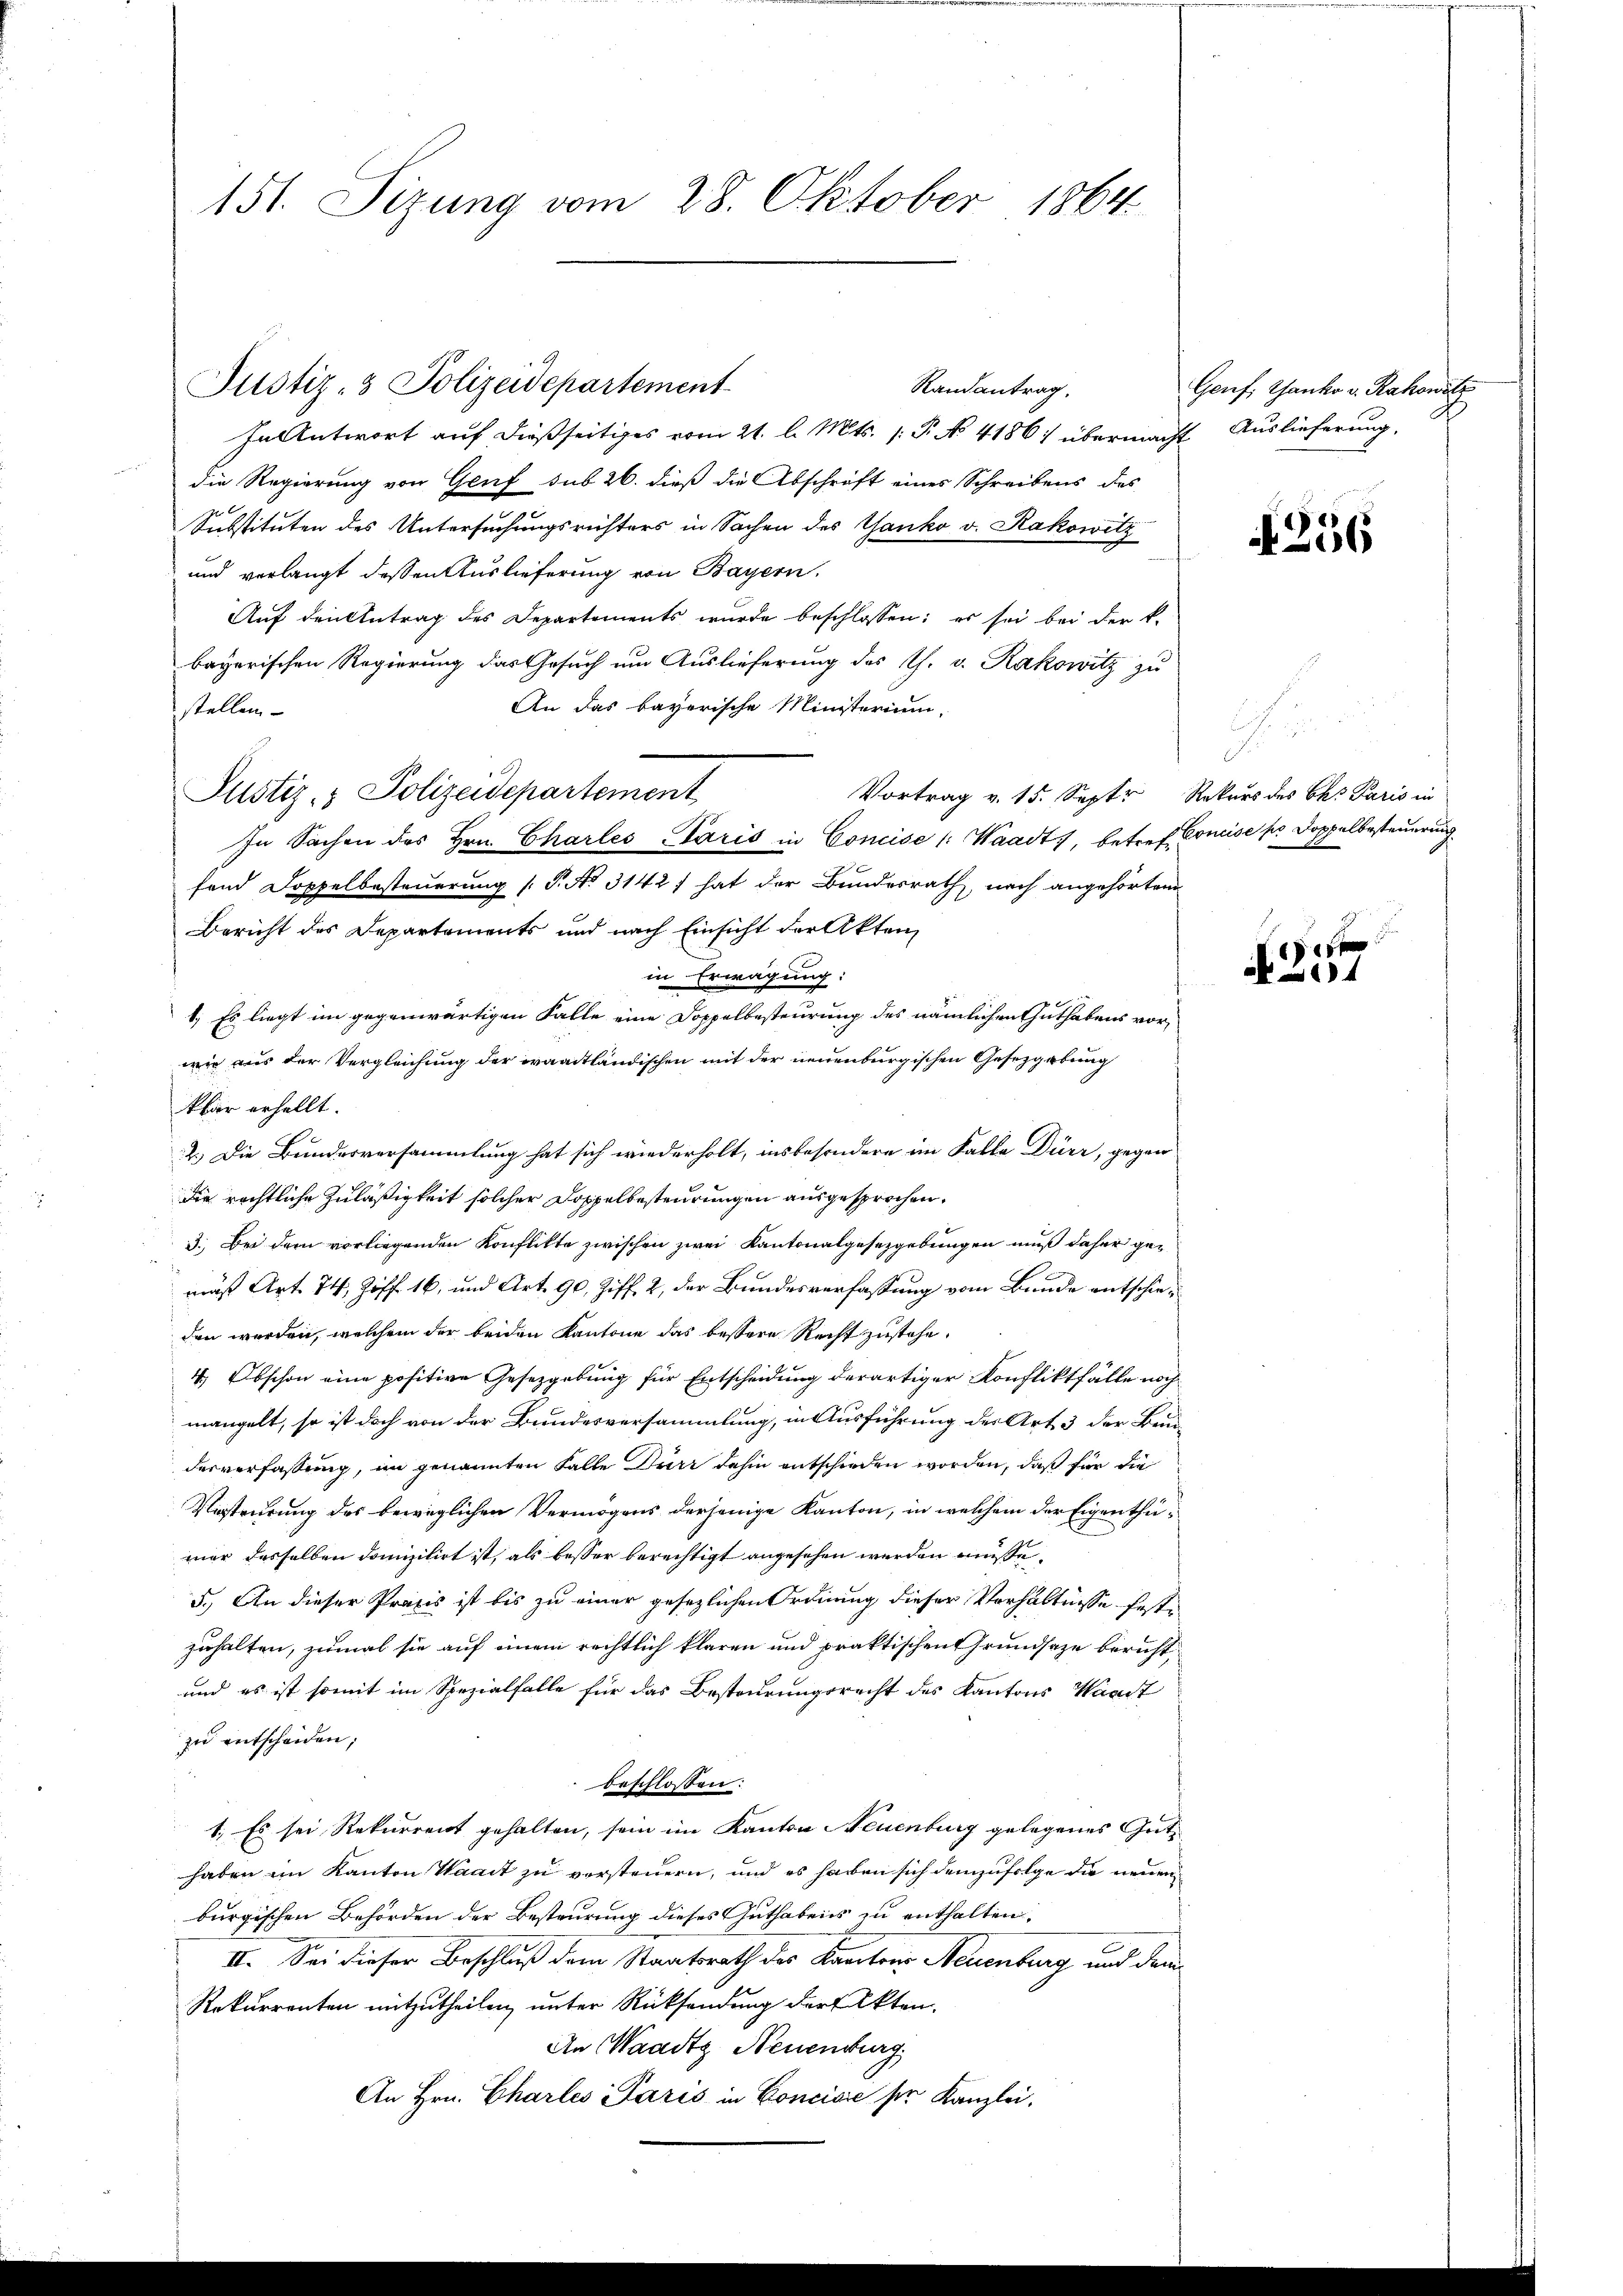
151. Sizung vom 28. Oktober 1864

Justiz- & Polizeidepartement

Randantrag,
HaAntwort auf dießseitiges vom 21. l. Mts. (: P. No 4186) übermacht Auslieferung.
die Regierung von Genf sub 26. dieß die Abschrift eines Schreibens des
Substituten des Untersuchungsrichters in Sachen des Ganko v. Kakowitz
und verlangt dessen Auslieferung von Bayern.
Auf den Antrag des Departements wurde beschlossen: es sei bei der k.
bayerischen Regierung das Gesuch um Auslieferung des Th. v. Kakowitz zu
An das bayerische Ministerium,
stellen.
Justiz- & Polizeidepartement
Vortrag v. 15. Sept. Rekurs des Ces Paris in
Bericht des Departements und nach Einsicht der Akten
in Erwägung.
1. Es liegt im gegenwärtigen Falle eine Doppelbesteurung des nämlichen Guthabens vor,
wie aus der Vergleichung der waadtländischen mit der neuenburgischen Gesetzgebung
klar erhellt.
2.) Die Bundesversammlung hat sich wiederholt, insbesondere im Falle Dürr, gegen
die rechtliche Zuläßigkeit solcher Doppelbesteurungen ausgesprochen.
3. Bei dem vorliegenden Konflikte zwischen zwei Kantonalgesetzgebungen muß daher gemäß Art. 74, Zoff. 16, und Art. 90, Ziff. 2, der Bundesverfassung vom Bunde entschieden werden, welchem der beiden Kantone das bessere Recht zustehe.
4 Abschon eine positive Gesetzgebung für Entscheidung derartiger Konfliktfälle noch
mangelt, so ist doch von der Bundesversammlung, in Ausführung des Art. 3 der Bunderverfassung, im genannten Falle Dürr dahin entschieden worden, daß für die
Vorsteurung des beweglichen Vermögens derjenige Kanton, in welchem der Eigenthümer desselben domizilirt ist, als besser berechtigt angesehen werden müsse.
5.) An dieser Praxis ist bis zu einer gesezlichen Ordnung dieser Verhältnisse festzuhalten, zumal sie auf einem rechtlich klaren und praktischen Grundsaze beruht,
und es ist somit im Spezialfalle für das Besteurungsrecht des Kantons Waadt
zu entscheiden,
beschlossen:
1. Es sei Rekurrent gehalten, sein im Kanton Neuenburg gelegenes Gut
haben im Kanton Waadt zu vorsteuern, und es haben sich demzufolge die neuen
burgischen Behörden der Besteurung dieses Guthabens zu enthalten,
II. Sei dieser Beschluß dem Staatsrath des Kantons Neuenburg und dem
Rekurrenten mitzutheilen, unter Rücksendung der Akten,
An Waadtz Neuenburg
An Hrn. Charles Paris in Conciare ser Kanzlei.

fend Doppelbesteuerung (T. No 3142) hat der Bundesrath, nach angehörten

In Sachen des Hrn. Charles Paris in Concise (: Waadt, betref¬

Genf, Ganko v. Rakowitz
.

256

5
Coneise pr Doppelbesteuerung

e
4